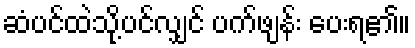
ဆံပင်ထဲသို့ပင်လျှင် ပက်ဖျန်း ပေးရ၏။